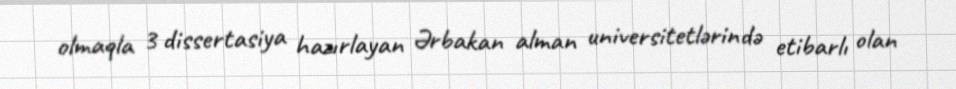
olmaqla 3 dissertasiya hazırlayan Ərbakan alman universitetlərində etibarlı olan